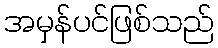
အမှန်ပင်ဖြစ်သည်